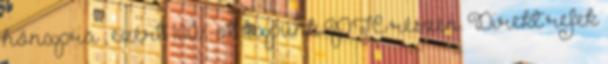
hónapra , ezért 100%-ot kapunk PTC részen. Direkt refek